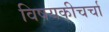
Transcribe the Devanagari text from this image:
विषयकीचर्चा